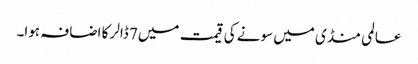
عالمی منڈی میں سونے کی قیمت میں7 ڈالر کا اضافہ ہوا۔